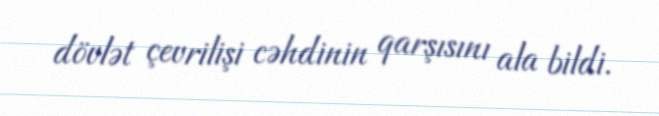
dövlət çevrilişi cəhdinin qarşısını ala bildi.